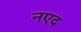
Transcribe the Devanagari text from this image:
नएद